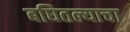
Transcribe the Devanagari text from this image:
बघितल्याचा